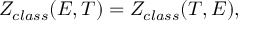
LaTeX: Z _ { c l a s s } ( E , T ) = Z _ { c l a s s } ( T , E ) ,